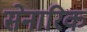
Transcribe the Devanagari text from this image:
सेनारिक